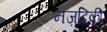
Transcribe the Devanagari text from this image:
नज़दिकी